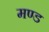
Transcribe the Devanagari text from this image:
मण्ड